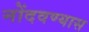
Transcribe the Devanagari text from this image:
नोंदवण्यास